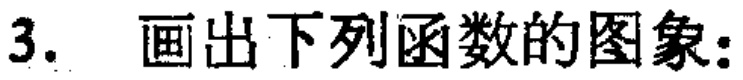
3. 画出下列函数的图象：